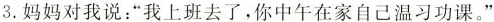
3.妈妈对我说：”我上班去了，你中午在家自己温习功课。”